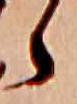
ら